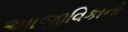
આજીવિકાનો